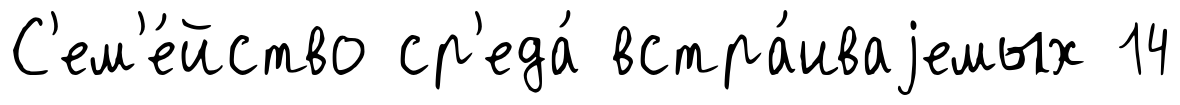
С'ем'е́йство ср'еда́ встра́иваjемых 14